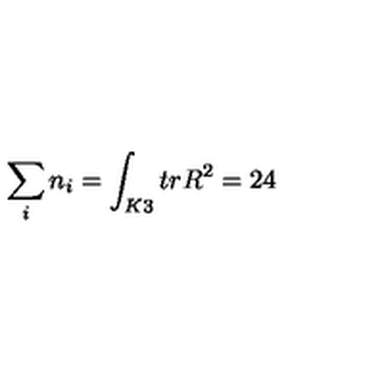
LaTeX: \sum _ { i } n _ { i } = \int _ { K 3 } t r R ^ { 2 } = 2 4